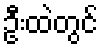
ဦးထဲတွင်